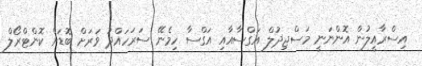
އިސްރާއީލުން އޮންނަނީ މަސްޖިދުލް އަގްސާއާއި އަގްސާ ހިމެނޭ ސަރަހައްދު ވަރަށް ބޮޑަށް ކޮންޓްރޯލް